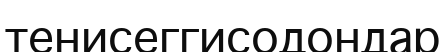
тенисеггисодондар